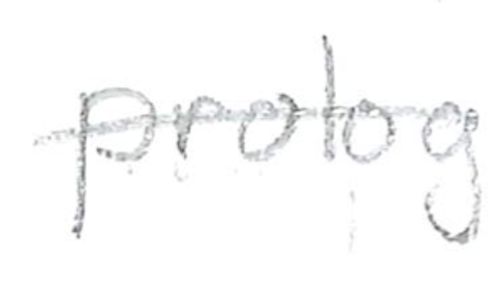
Text: prolog
Cross-out: single-line
Writing tool: pencil